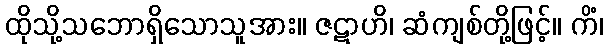
ထိုသို့သဘောရှိသောသူအား။ ဇဋာဟိ၊ ဆံကျစ်တို့ဖြင့်။ ကိံ၊